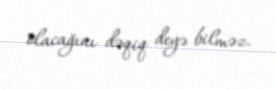
olacağını dəqiq deyə bilməz.